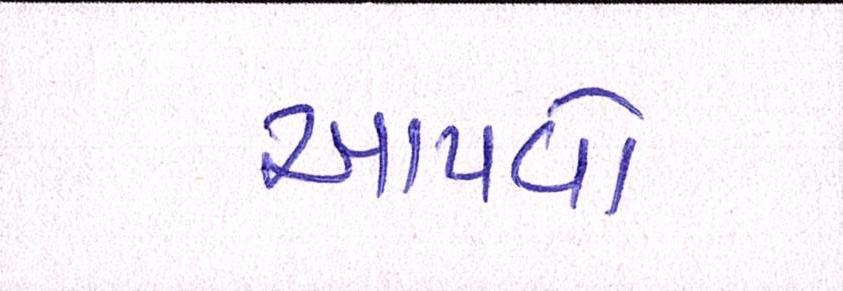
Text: આપવો